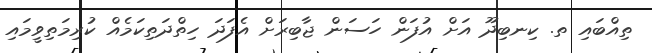
ތިއްބައި ތ. ކިނބިދޫ އަށް އުފަން ހަސަން ޖާބިރަށް އެފަދަ ހިތްދަތިކަމެއް ކުރިމަތިވީމައި